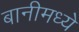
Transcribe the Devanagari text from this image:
बानीमध्ये